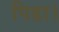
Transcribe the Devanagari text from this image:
पिडा।